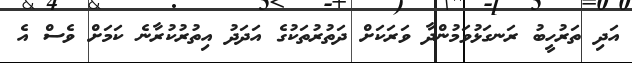
އަދި ތަރުހީބު ރަނގަޅުވަމުންދާ ވަރަކަށް ދަތުރުތަކުގެ އަދަދު އިތުރުކުރާނެ ކަމަށް ވެސް އެ